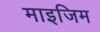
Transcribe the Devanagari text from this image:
माइजिम